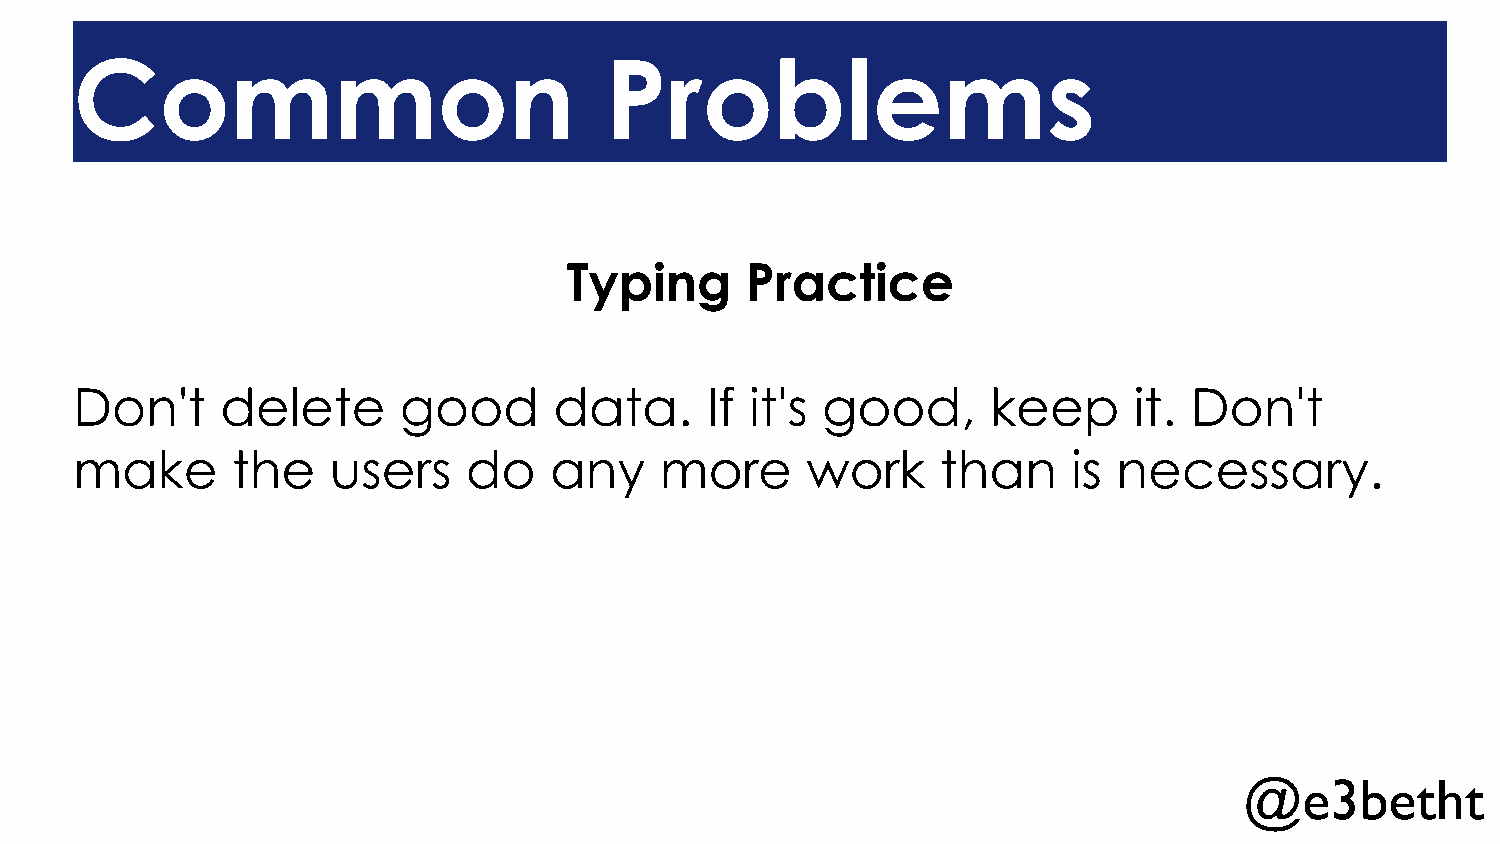
Common                             Problems
 Typing     Practice
 Don't     delete     good       data.     If it's good,      keep     it. Don't
 make      the    users    do   any     more     work     than     is necessary.
 @e3betht